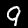
Digit: 9